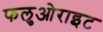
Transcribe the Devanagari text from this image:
फलुओराइट